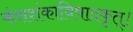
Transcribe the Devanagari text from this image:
कंसशंकाविषादकृत्‌।